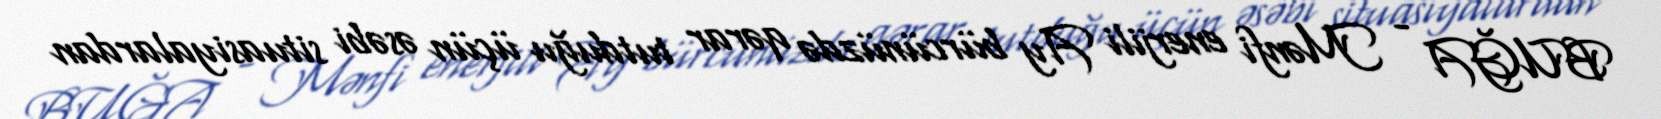
BUĞA - Mənfi enerjili Ay bürcünüzdə qərar tutduğu üçün əsəbi situasiyalardan